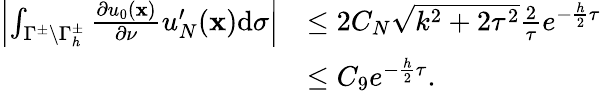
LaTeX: \begin{array}{rl}{\left|\int_{{\Gamma^{\pm}}\backslash\Gamma_{h}^{\pm}}{{\frac{\partial{u_{0}}({\mathbf{x}})}{\partial\nu}}}{u_{N}^{\prime}}({\mathbf{x}})\mathrm{{d}}\sigma\right|}&{\leq 2C_{N}\sqrt{k^{2}+2\tau^{2}}{\frac{2}{\tau}}{e^{-{\frac{h}{2}}\tau}}}\\ &{\leq C_{9}{e^{-{\frac{h}{2}}\tau}}.}\end{array}